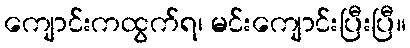
ကျောင်းကထွက်ရ၊ မင်းကျောင်းပြီးပြီ။